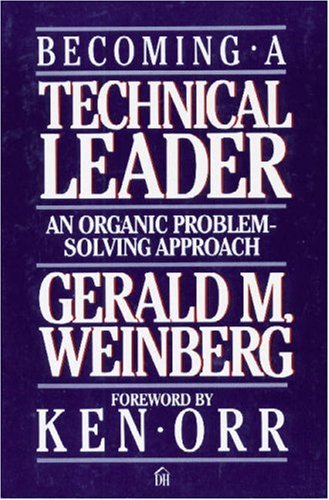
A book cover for Becoming a Technical Leader: An Organic Problem-Solving Approach; Gerald M. Weinberg; Business & Money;